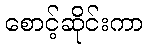
စောင့်ဆိုင်းကာ